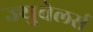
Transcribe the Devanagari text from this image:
ज्युवेलर्स